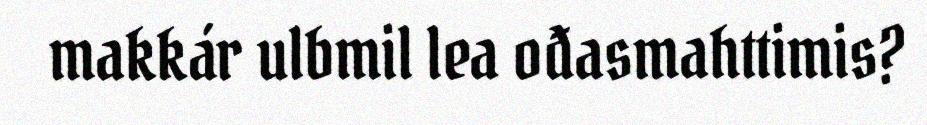
makkár ulbmil lea ođasmahttimis?